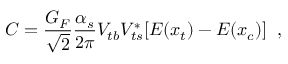
C = \frac { G _ { F } } { \sqrt { 2 } } \frac { \alpha _ { s } } { 2 \pi } V _ { t b } V _ { t s } ^ { * } [ E ( x _ { t } ) - E ( x _ { c } ) ] \; \; ,